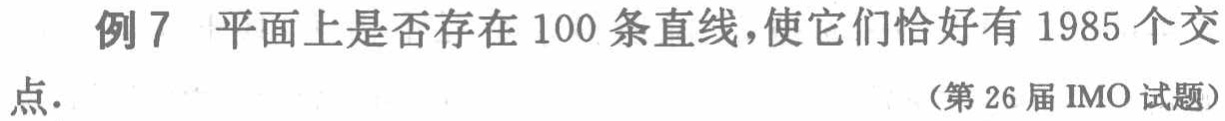
例7 平面上是否存在 100 条直线，使它们恰好有 1985 个交点.

（第 26 届 IMO 试题）